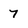
Character: 7